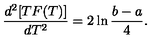
\frac { d ^ { 2 } [ T F ( T ) ] } { d T ^ { 2 } } = 2 \ln \frac { b - a } { 4 } .